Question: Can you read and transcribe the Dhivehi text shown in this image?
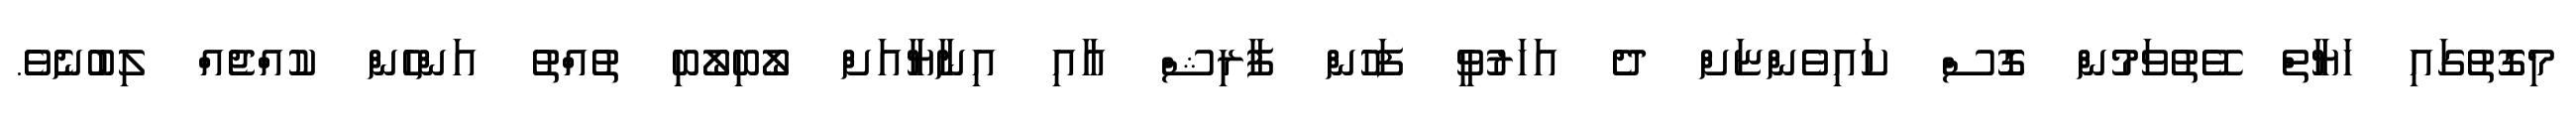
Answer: މިގޮތުގައި ހަޔާތް ވޭތުވަމުން ގޮސް ކައިވެންޏަށް ދެ އަހަރުވީ ފަހުން ފާރިޝް އާއި އިނާޔާއަށް ލޯބިލޯބި ތުއްތު އަންހެން ކުއްޖެއް ލިބުނެވެ.